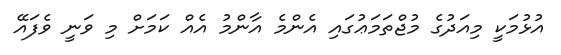
އުޅުމަކީ މިއަދުގެ މުޖްތަމަޢުގައި އެންމެ އާންމު އެއް ކަމަށް މި ވަނީ ވެފައޭ